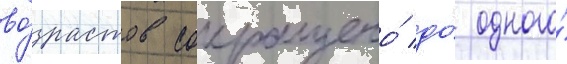
во́зрастов сокращено́ до́ одного́